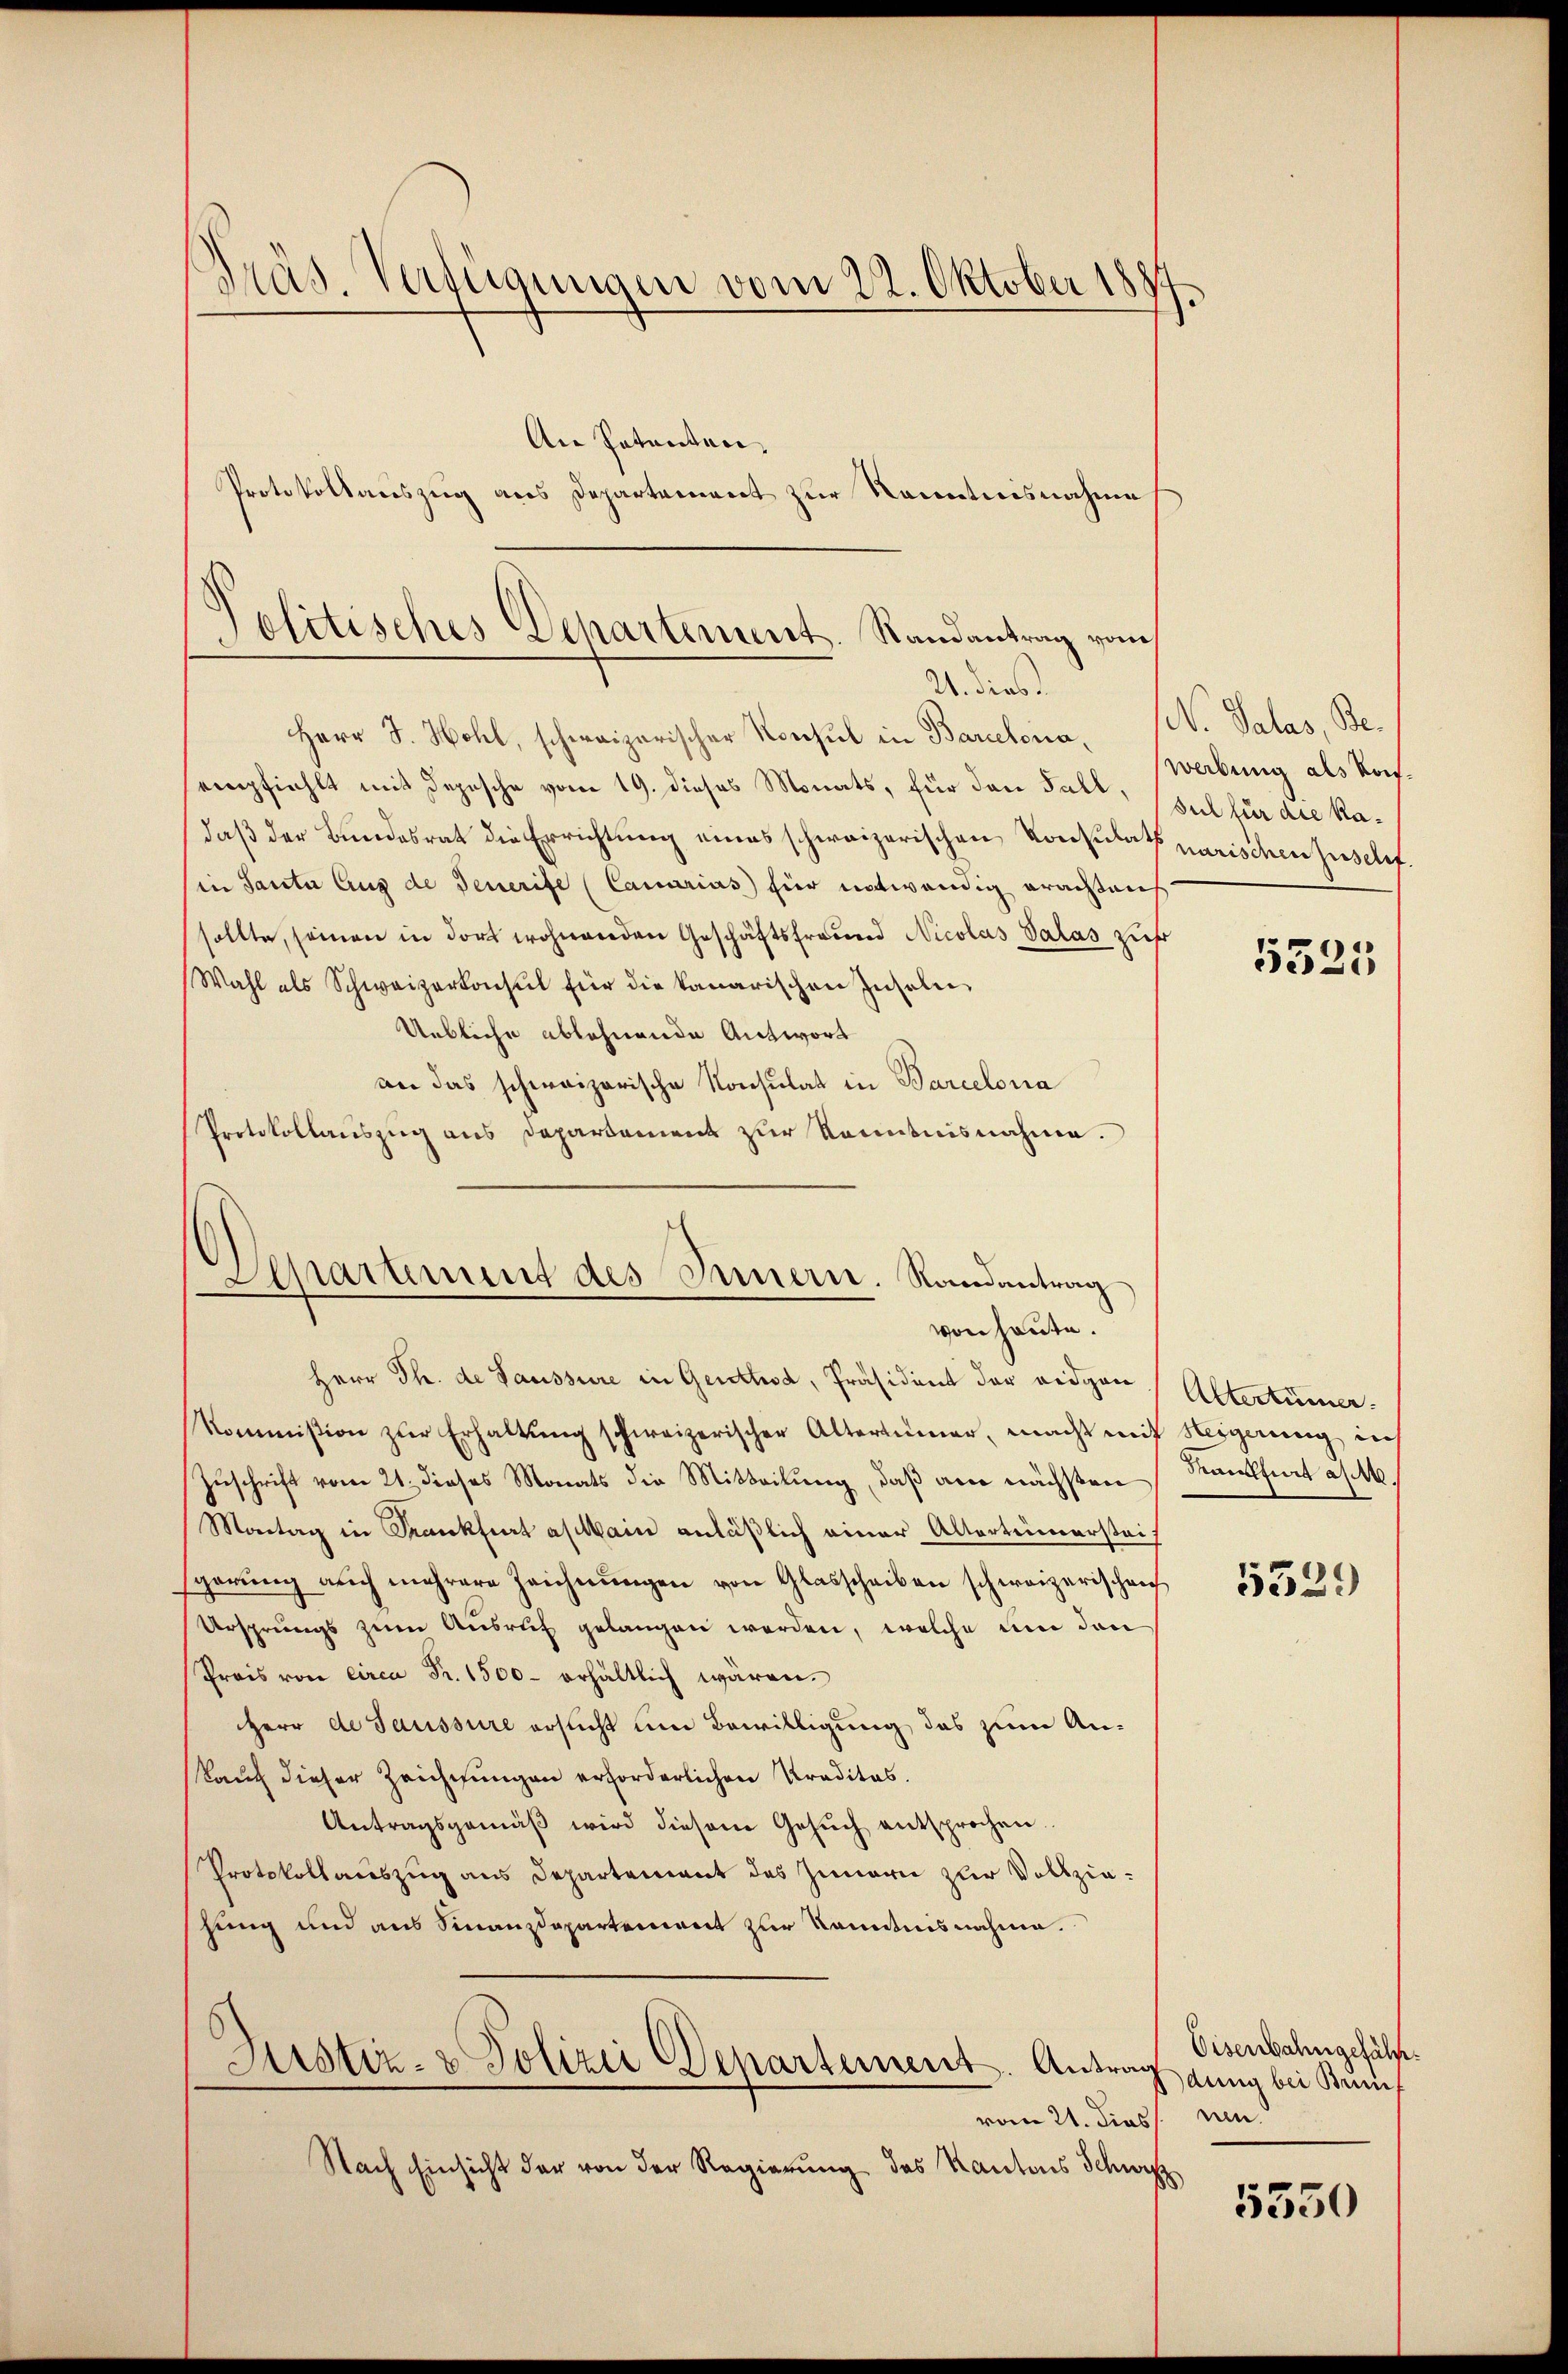
Präs. Verfügungen vom 22. Oktober 18

An Patenten,
Protokollauszug aus Departement zur Kenntnisnahme

Jolitisches Departement. Randantrag vom
21. dies

Herr J. Hohl, schweizerischer Nonsul in Barcelonaempfiehlt mit Depesche vom 19. dieses Monats, für den Fall, sul für die Kadaß der Bundesrat die Errichtung eines schweizerischen Konsulats parischen Zuschifin Sancta Aus de Generife (Canarius für notwendig erachtens
sollte, sonen in dort wohnenden Geschäftsfreund Nicolas Palas zuf
Wahl als Schweizerkonsul für die kanarischen Inseln
Uebliche ablehnende Antwort
an das schweizerische Konsulat in Barcelona
Protokollauszug aus Departement zur Kenntnisnahme.
Departement des Innern. Randantrag

von heute.

Herr Th. de Saussure in Genthod, Präsident der eidgen
Kommißion zur Erhaltŭng schweizerischer Altertümer, macht mit Weigerung in
Zuschrift vom 21. dieses Monats die Mitteilung, daß am nächsten
Montag in Frankfurt a/Main anläßlich einer Alterteimersteif
gerŭng auch mehrere Zeichnŭngen von Glasscheiben schweizerischen
Ursprungs zum Ausruf gelangen werden, welche um den
Preis von circa Fr. 1500 erhältlich wären.
Herr de Saussure ersucht um Bewilligung das zum Ankauf dieser Zeichnungen erforderlichen Praditas.
Antragsgemäβ wird diesem Gesŭch entsprochen.
Protokollauszug aus Departement des Innern zur Vollziehung und aus Finanzdepartement zur Kenntnisnahme.
Justiz- & Polizei Departement. Antrag Lŭng bei Kun
vom 21. dies n
Nach Einsicht der von der Regierung des Kantons Schwe

N. Palas, Be¬
Werbung als Konf.

8

5325

Altertümer.
Mankfurt a/M.

5529

Eisenbahngefäll.

5350